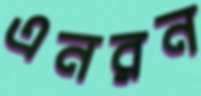
এনরন